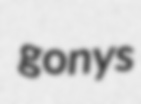
gonys